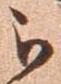
被